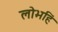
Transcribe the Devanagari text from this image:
लोभहिं